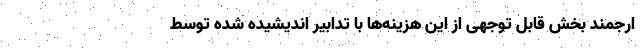
ارجمند بخش قابل توجهی از این هزینه‌ها با تدابیر اندیشیده شده توسط